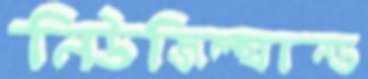
নিউজিল্যান্ড